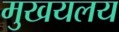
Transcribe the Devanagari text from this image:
मुखयलय